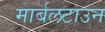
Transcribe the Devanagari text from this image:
मार्बलटाउन